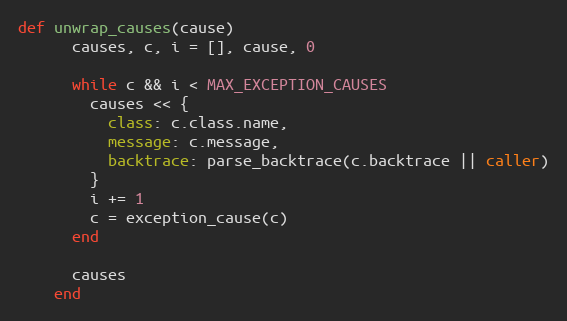
Language: Ruby
def unwrap_causes(cause)
      causes, c, i = [], cause, 0

      while c && i < MAX_EXCEPTION_CAUSES
        causes << {
          class: c.class.name,
          message: c.message,
          backtrace: parse_backtrace(c.backtrace || caller)
        }
        i += 1
        c = exception_cause(c)
      end

      causes
    end